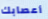
أعصابك